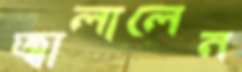
জ্বালালেন